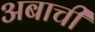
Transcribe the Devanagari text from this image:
अबाची